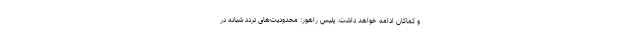
و کماکان ادامه خواهد داشت. پلیس راهور: محدودیت‌های تردد شبانه در